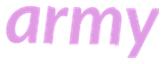
army